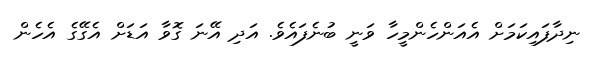
ނިދާފައިކަމަށް އެއަންހެންމީހާ ވަނީ ބުނެފައެވެ. އަދި އޭނަ ގޮވާ އަޑަށް އެގޭގެ އެހެން